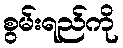
စွမ်းရည်ကို